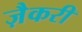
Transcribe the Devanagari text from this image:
ज़ैकरी